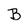
Character: B